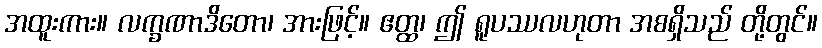
အထူးကား။ လက္ခဏာဒိတော၊ အားဖြင့်။ ဧတ္ထ၊ ဤ ရူပဿလဟုတာ အစရှိသည် တို့တွင်။